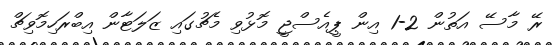
ރޭ މާސޭ އަތުން 2-1 އިން ޕީއެސްޖީ މޮޅުވި މެޗުގައި ޒަލަޓާން އިބްރަހިމޮވިޗް